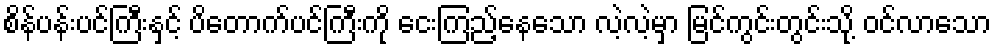
စိန်ပန်းပင်ကြီးနှင့် ပိတောက်ပင်ကြီးကို ငေးကြည့်နေသော လဲ့လဲ့မှာ မြင်ကွင်းတွင်းသို့ ဝင်လာသော